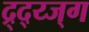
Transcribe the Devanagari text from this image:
द्र्द्य्ज्ग